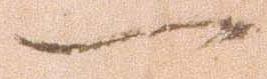
一